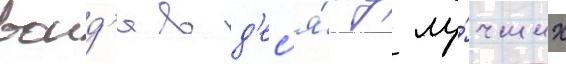
воид'я в д'ес'я́тку лу́чших